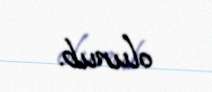
olunub.